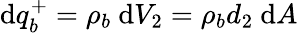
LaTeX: \mathrm{d}q_{b}^{+}=\rho_{b}\ \mathrm{d}V_{2}=\rho_{b}d_{2}\ \mathrm{d}A